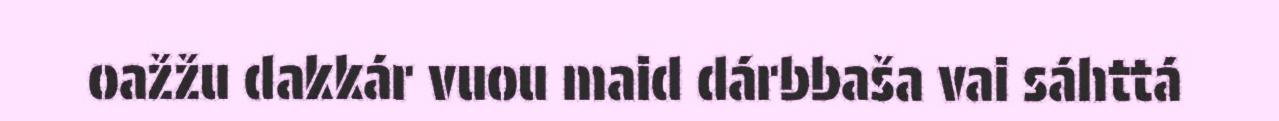
oažžu dakkár vuou maid dárbbaša vai sáhttá